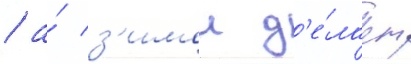
/ а́ з'имои д'е́лает